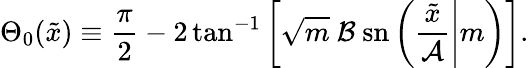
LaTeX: \Theta_{0}(\tilde{x})\equiv\frac{\pi}{2}-2\tan^{-1}\left[\sqrt{m}\ \mathcal{B}\ \mathrm{sn}\left(\left.\frac{\tilde{x}}{\mathcal{A}}\right|m\right)\right].